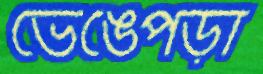
ভেঙেপড়া